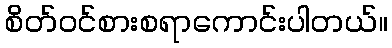
စိတ်ဝင်စားစရာကောင်းပါတယ်။